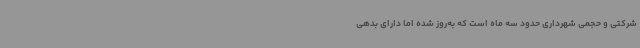
شرکتی و حجمی شهرداری حدود سه ماه است که به‌روز شده اما دارای بدهی